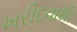
ખરીદવાથી